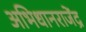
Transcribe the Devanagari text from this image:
अभिधानराजेंद्र